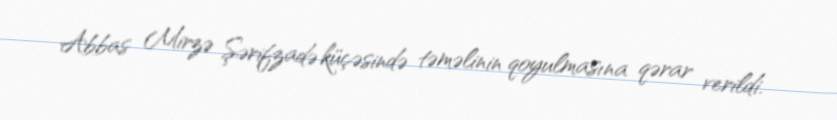
Abbas Mirzə Şərifzadə küçəsində təməlinin qoyulmasına qərar verildi.